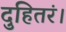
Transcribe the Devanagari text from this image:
दुहितरं।